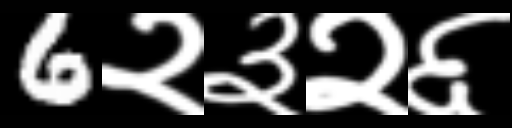
Text: 6२३२६